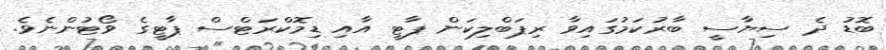
ބޮޑު ދެ ސިޔާސީ ބާރުކަމުގައިވާ ރިޕަބްލިކަން ޕާޓީ އާއި ޑިމޮކްރަޓްސް ޕާޓީގެ ވޯޓުންނެވެ.